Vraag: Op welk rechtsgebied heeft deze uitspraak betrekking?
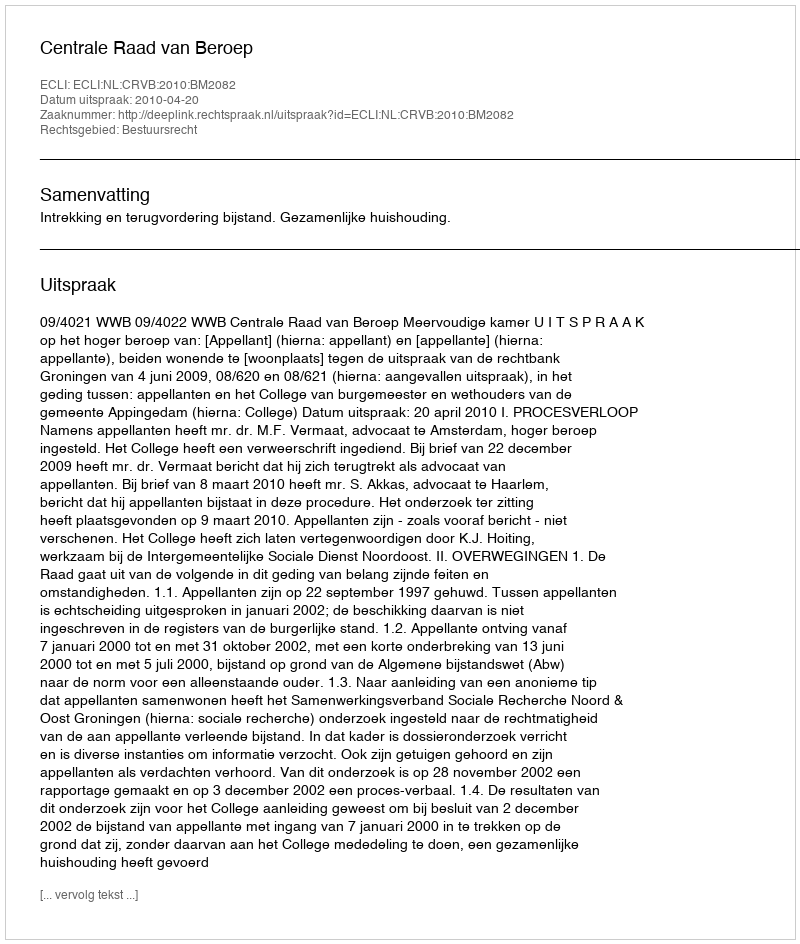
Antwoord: Bestuursrecht